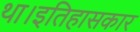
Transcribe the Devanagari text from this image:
था।इतिहासकार